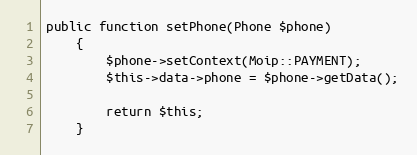
Language: PHP
public function setPhone(Phone $phone)
    {
        $phone->setContext(Moip::PAYMENT);
        $this->data->phone = $phone->getData();

        return $this;
    }